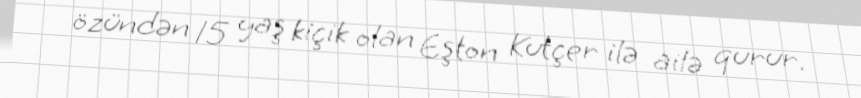
özündən 15 yaş kiçik olan Eşton Kutçer ilə ailə qurur.